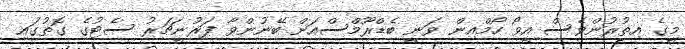
މީގެ އިތުރުންވެސް އީވޯ ހޯމްއިން ވަނީ ބެޑްރޫމްސްއަށް ބޭނުންވާ ފަރުނީޗަރު ސެޓުގެ ގޮތުގައި